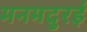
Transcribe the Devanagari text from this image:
मनमदुरई